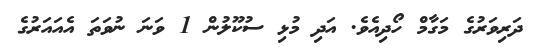
ދަރިވަރުގެ މަގާމް ހޯދިއެވެ. އަދި މުޅި ސުކޫލުން 1 ވަނަ ނުވަތަ އެއައަރުގެ